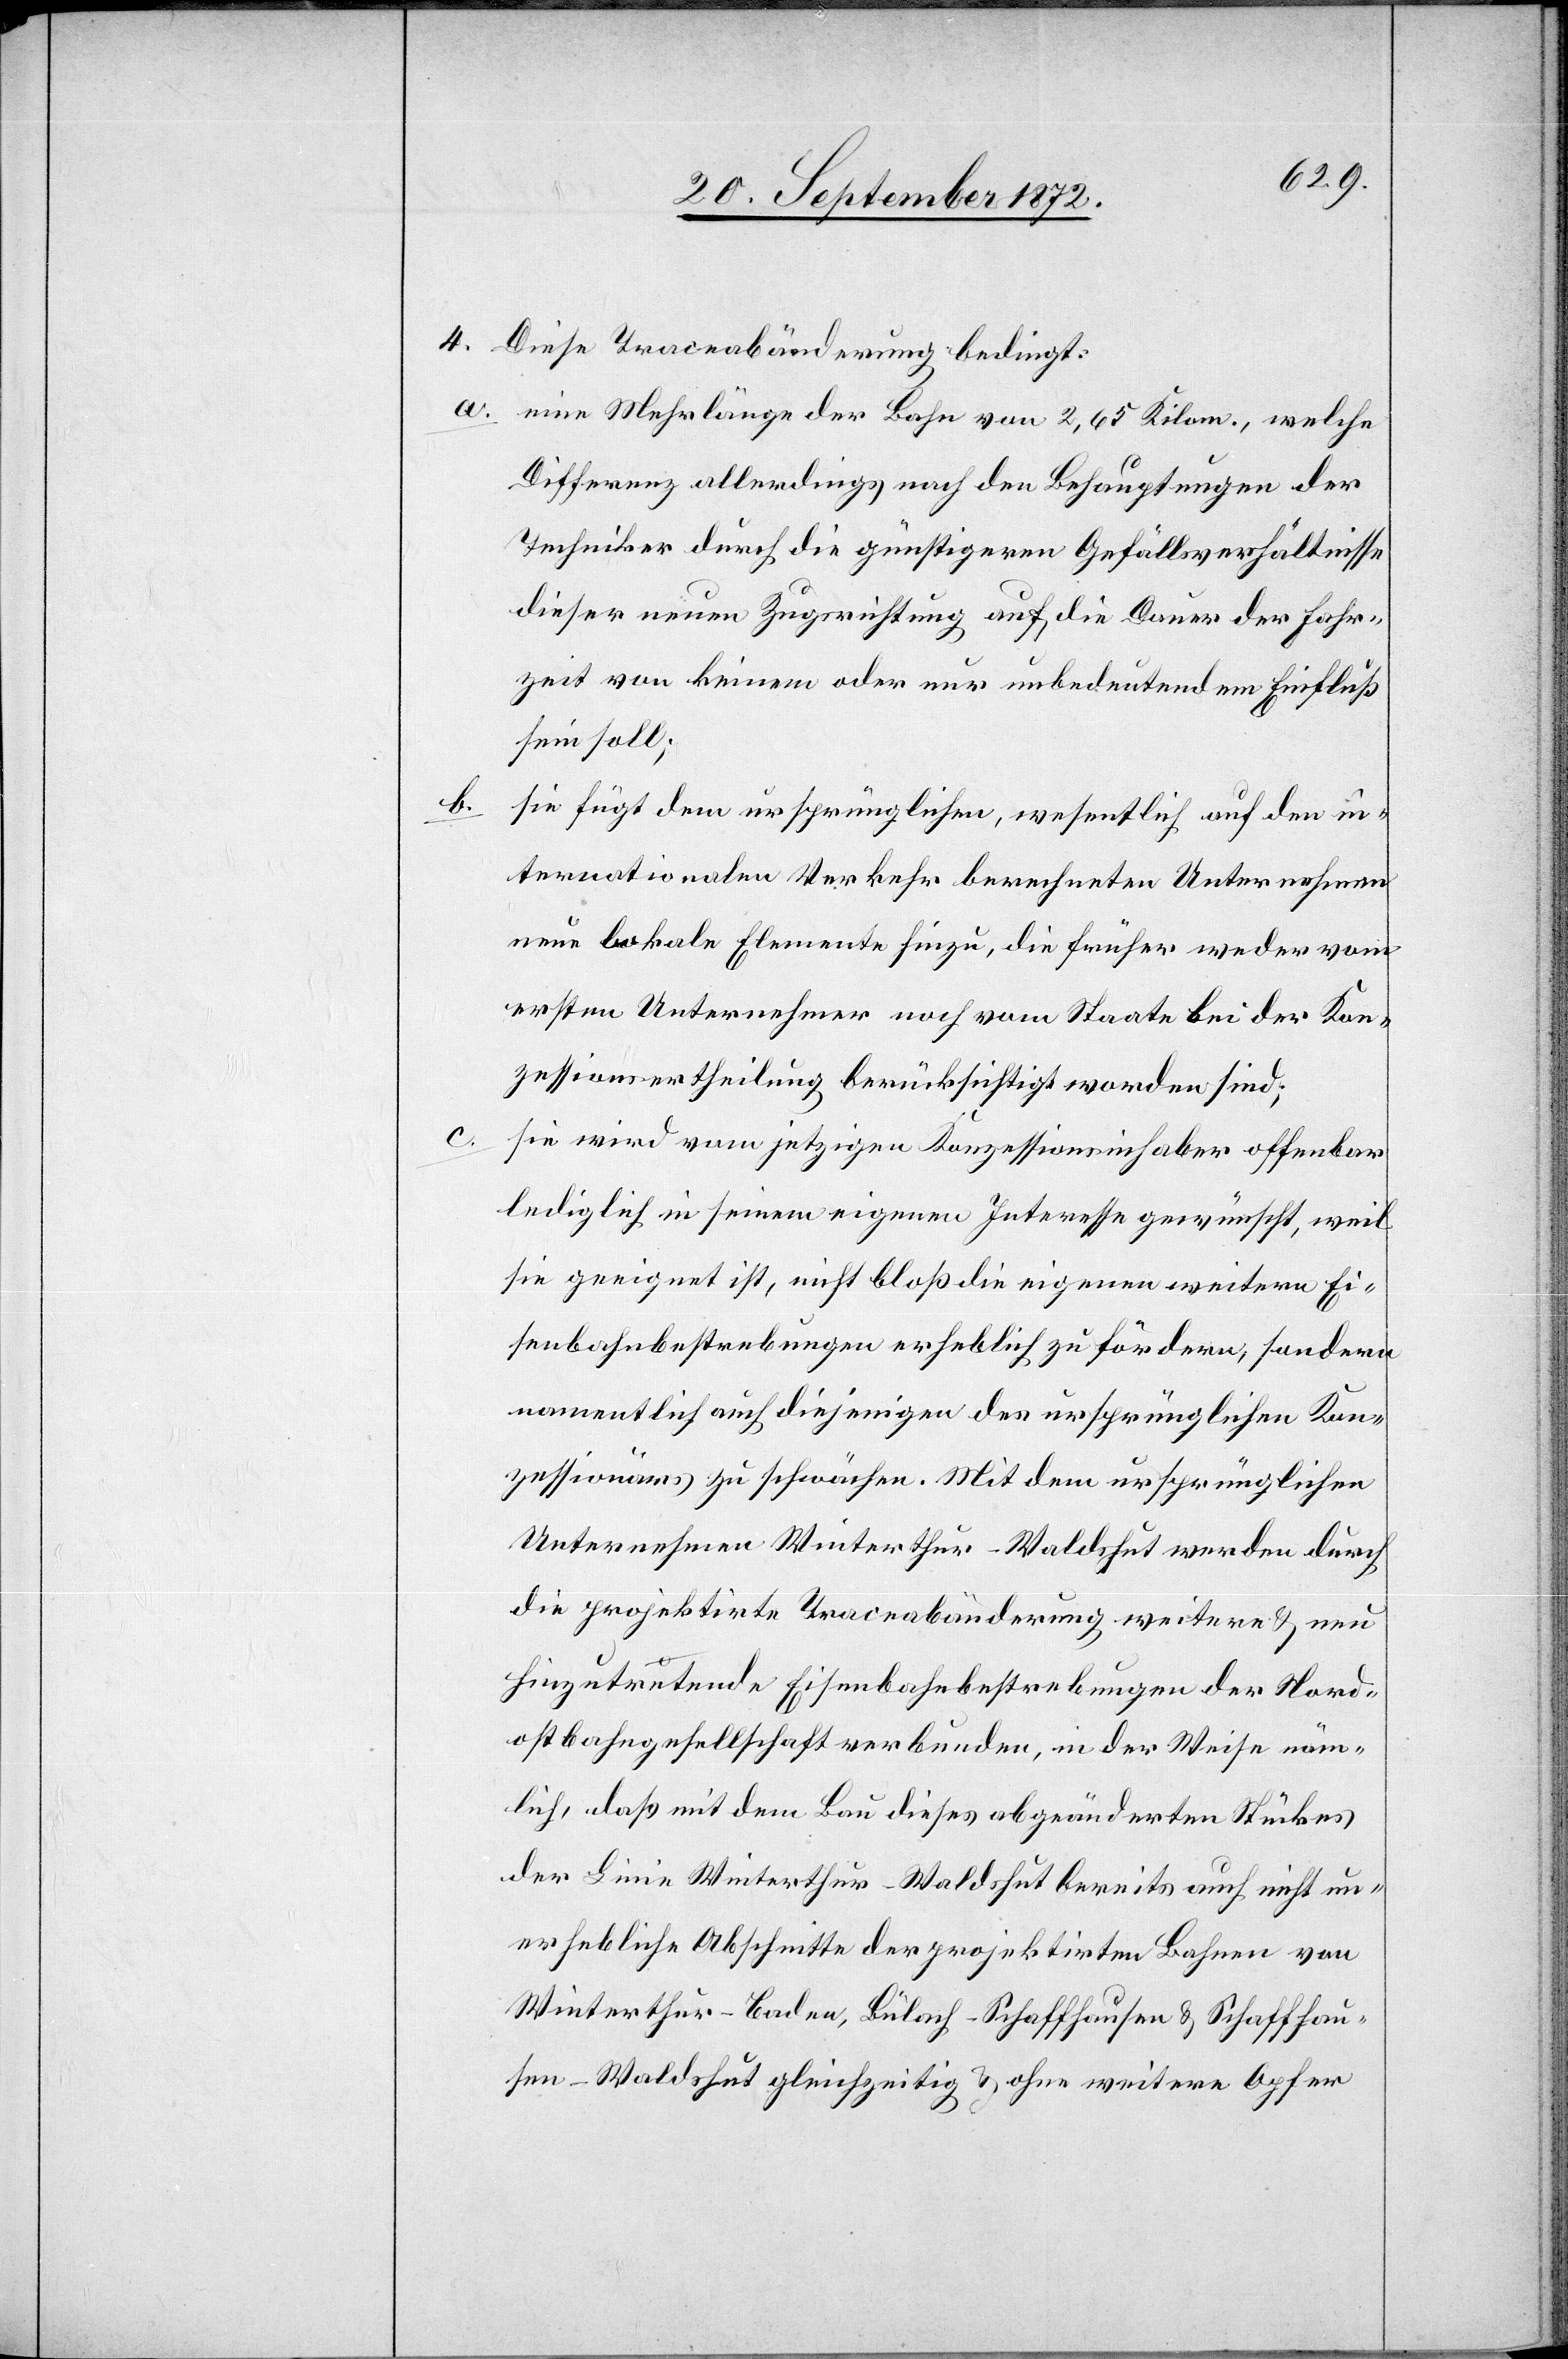
4. Diese Traceabänderung bedingt:
a. eine Mehrlänge der Bahn von 2,65 Kilom., welche
Differenz allerdings nach den Behauptungen der
Techniker durch die günstigeren Gefällsverhältnisse
dieser neuen Zugsrichtung auf die Dauer der Fahr¬
zeit von keinem oder nur unbedeutendem Einfluß
sein soll;
sie fügt dem ursprünglichen, wesentlich auf den in¬
ternationalen Verkehr berechneten Unternehmen
neue lokale Elemente hinzu, die früher weder vom
ersten Unternehmer noch vom Staate bei der Kon¬
zessionsertheilung berücksichtigt worden sind;
sie wird vom jetzigen Konzessionsinhaber offenbar
lediglich in seinem eigenen Interesse gewünscht, weil
sie geeignet ist, nicht bloß die eigenen weitern Ei¬
senbahnbestrebungen erheblich zu fördern, sondern
namentlich auch diejenigen des ursprünglichen Kon¬
zessionärs zu schwächen. Mit dem ursprünglichen
Unternehmen Winterthur–Waldshut werden durch
die projektirte Traceabänderung weitere u. neu
hinzutretende Eisenbahnbestrebungen der Nord¬
ostbahngesellschaft verbunden, in der Weise näm¬
lich, daß mit dem Bau dieses abgeänderten Stückes
der Linie Winterthur–Waldshut bereits auch nicht un¬
erhebliche Abschnitte der projektirten Bahnen von
Winterthur–Baden, Bülach–Schaffhausen u. Schaffhau¬
sen–Waldshut gleichzeitig u. ohne weitere Opfer